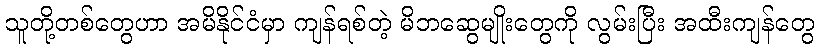
သူတို့တစ်တွေဟာ အမိနိုင်ငံမှာ ကျန်ရစ်တဲ့ မိဘဆွေမျိုးတွေကို လွမ်းပြီး အထီးကျန်တွေ